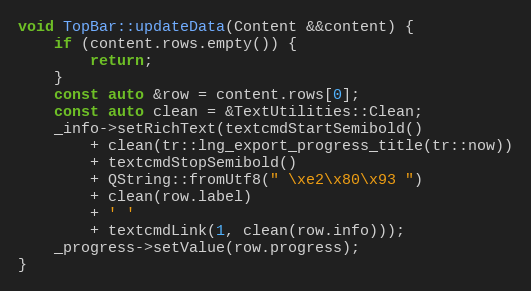
Language: C++
void TopBar::updateData(Content &&content) {
	if (content.rows.empty()) {
		return;
	}
	const auto &row = content.rows[0];
	const auto clean = &TextUtilities::Clean;
	_info->setRichText(textcmdStartSemibold()
		+ clean(tr::lng_export_progress_title(tr::now))
		+ textcmdStopSemibold()
		+ QString::fromUtf8(" \xe2\x80\x93 ")
		+ clean(row.label)
		+ ' '
		+ textcmdLink(1, clean(row.info)));
	_progress->setValue(row.progress);
}